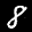
Label: 8